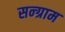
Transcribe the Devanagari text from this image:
सन्ग्राम